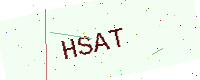
Text: HSAT